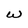
Character: W